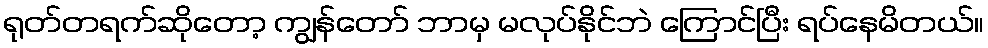
ရုတ်တရက်ဆိုတော့ ကျွန်တော် ဘာမှ မလုပ်နိုင်ဘဲ ကြောင်ပြီး ရပ်နေမိတယ်။